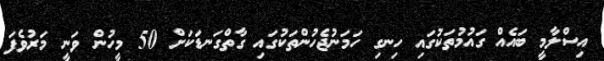
އިސްލާމީ ބައެއް ގައުމުތަކުގައި ހިނގި ހަމަނުޖެހުންތަކުގައި ގާތްގަނޑަކަށް 50 މީހުން ވަނީ މަރުވެފަ